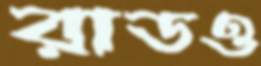
রাডও